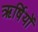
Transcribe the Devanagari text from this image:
ऋर्षियों